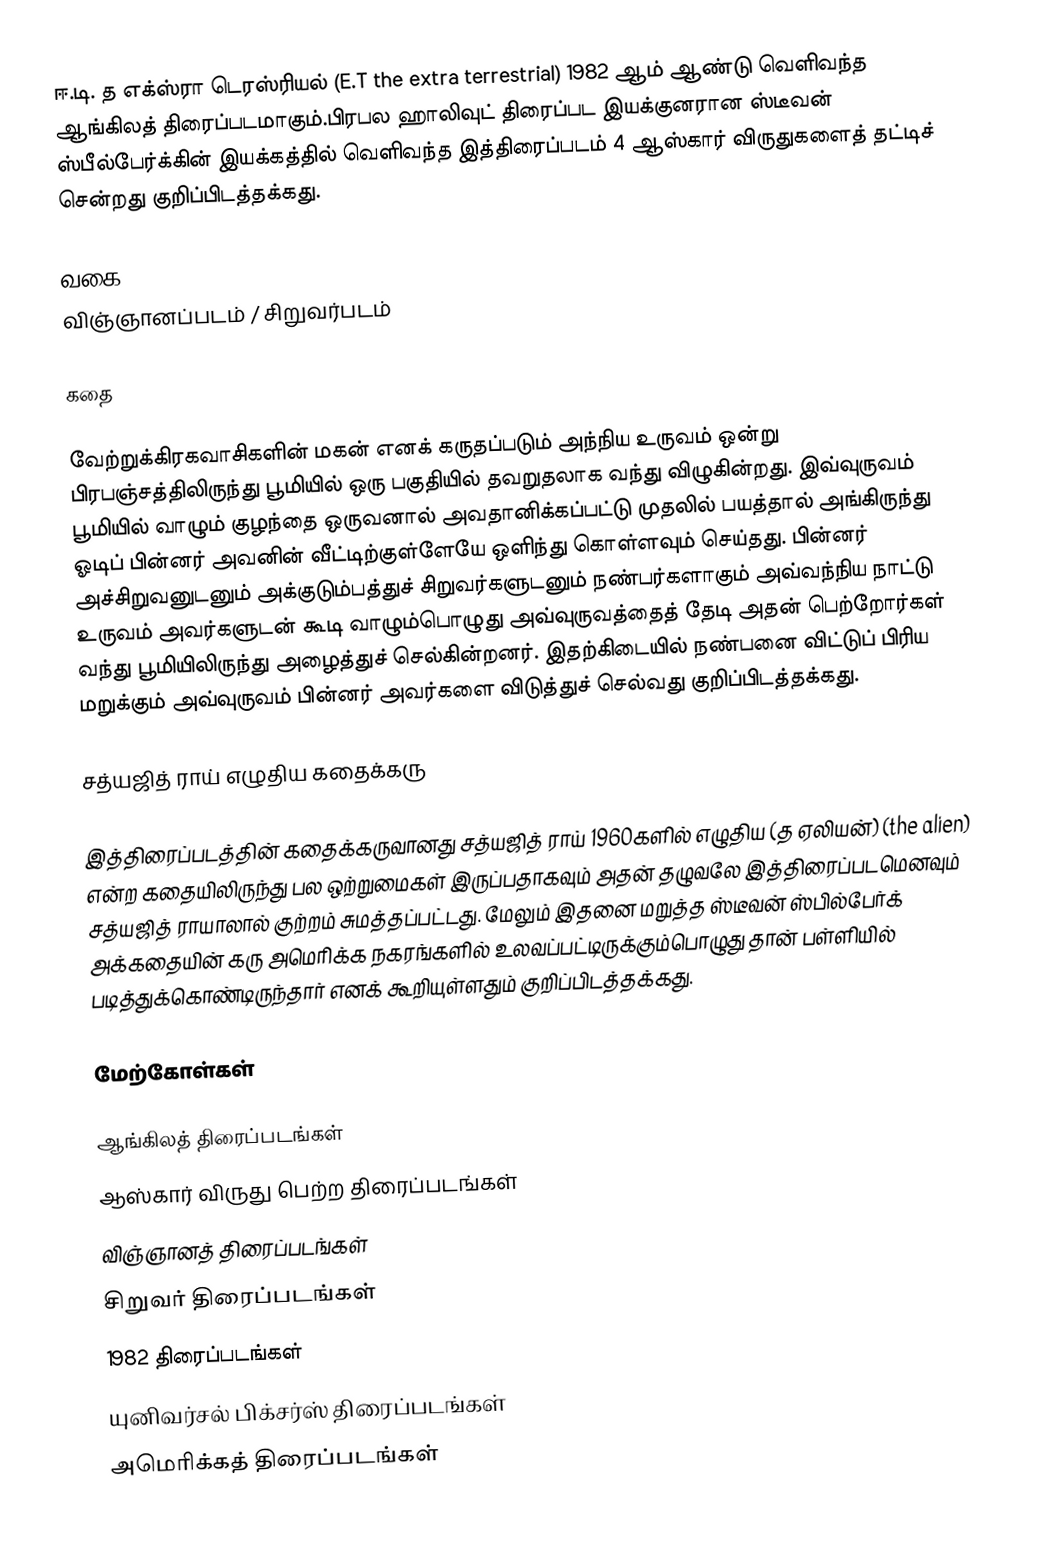
ஈ.டி. த எக்ஸ்ரா டெரஸ்ரியல் (E.T the extra terrestrial)  1982 ஆம் ஆண்டு வெளிவந்த ஆங்கிலத் திரைப்படமாகும்.பிரபல ஹாலிவுட் திரைப்பட இயக்குனரான ஸ்டீவன் ஸ்பீல்பேர்க்கின் இயக்கத்தில் வெளிவந்த இத்திரைப்படம் 4 ஆஸ்கார் விருதுகளைத் தட்டிச் சென்றது குறிப்பிடத்தக்கது.

வகை
விஞ்ஞானப்படம் / சிறுவர்படம்

கதை

வேற்றுக்கிரகவாசிகளின் மகன் எனக் கருதப்படும் அந்நிய உருவம் ஒன்று பிரபஞ்சத்திலிருந்து பூமியில் ஒரு பகுதியில் தவறுதலாக வந்து விழுகின்றது. இவ்வுருவம் பூமியில் வாழும் குழந்தை ஒருவனால் அவதானிக்கப்பட்டு முதலில் பயத்தால் அங்கிருந்து ஓடிப் பின்னர் அவனின் வீட்டிற்குள்ளேயே ஒளிந்து கொள்ளவும் செய்தது. பின்னர் அச்சிறுவனுடனும் அக்குடும்பத்துச் சிறுவர்களுடனும் நண்பர்களாகும் அவ்வந்நிய நாட்டு உருவம் அவர்களுடன் கூடி வாழும்பொழுது அவ்வுருவத்தைத் தேடி அதன் பெற்றோர்கள் வந்து பூமியிலிருந்து அழைத்துச் செல்கின்றனர். இதற்கிடையில் நண்பனை விட்டுப் பிரிய மறுக்கும் அவ்வுருவம் பின்னர் அவர்களை விடுத்துச் செல்வது குறிப்பிடத்தக்கது.

சத்யஜித் ராய் எழுதிய கதைக்கரு

இத்திரைப்படத்தின் கதைக்கருவானது சத்யஜித் ராய் 1960களில் எழுதிய (த ஏலியன்) (the alien) என்ற கதையிலிருந்து பல ஒற்றுமைகள் இருப்பதாகவும் அதன் தழுவலே இத்திரைப்படமெனவும் சத்யஜித் ராயாலால் குற்றம் சுமத்தப்பட்டது. மேலும் இதனை மறுத்த ஸ்டீவன் ஸ்பில்பேர்க் அக்கதையின் கரு அமெரிக்க நகரங்களில் உலவப்பட்டிருக்கும்பொழுது தான் பள்ளியில் படித்துக்கொண்டிருந்தார் எனக் கூறியுள்ளதும் குறிப்பிடத்தக்கது.

மேற்கோள்கள்

ஆங்கிலத் திரைப்படங்கள்
ஆஸ்கார் விருது பெற்ற திரைப்படங்கள்
விஞ்ஞானத் திரைப்படங்கள்
சிறுவர் திரைப்படங்கள்
1982 திரைப்படங்கள்
யுனிவர்சல் பிக்சர்ஸ் திரைப்படங்கள்
அமெரிக்கத் திரைப்படங்கள்